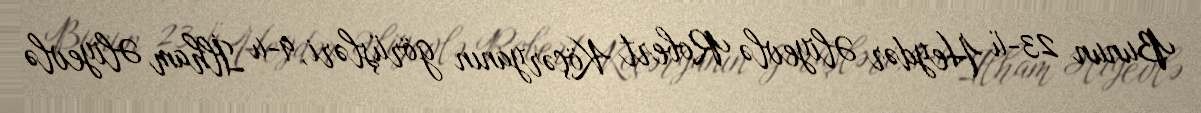
Bunun 23-ü Heydər Əliyevlə Robert Köçəryanın görüşləri, 9-u İlham Əliyevlə